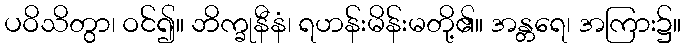
ပဝိသိတွာ၊ ဝင်၍။ ဘိက္ခုနီနံ၊ ရဟန်းမိန်းမတို့၏။ အန္တရေ၊ အကြား၌။